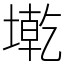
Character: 墘